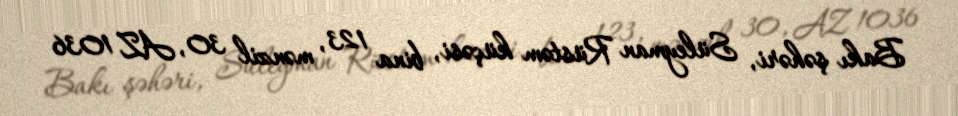
Bakı şəhəri, Süleyman Rüstəm küçəsi, bina 123, mənzil 30, AZ 1036